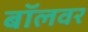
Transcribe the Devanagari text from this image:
बॉलवर